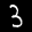
Label: 3